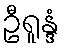
ဦရူန္ဒံ